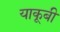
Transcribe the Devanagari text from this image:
याकूबी